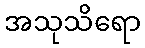
အသုသိရော